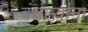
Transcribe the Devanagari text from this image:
बंधाऱ्यांना